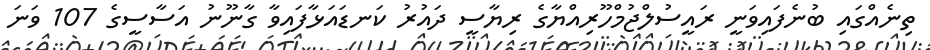
ތިނެއްގައި ބުނެފައިވަނީ ރައީސުލްޖުމްހޫރިއްޔާގެ ރިޔާސީ ދައުރު ކަނޑައަޅާފައިވާ ގާނޫނު އަސާސީގެ 107 ވަނަ